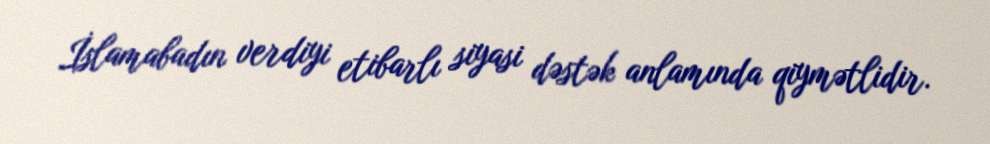
İslamabadın verdiyi etibarlı siyasi dəstək anlamında qiymətlidir.